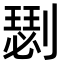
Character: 𠟦